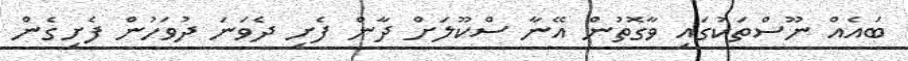
ބައެއް ނޫސްތަކުގައި ވާގޮތުން އޭނާ ސްކޫލަށް ދާން ފެށި ދެވަނަ ދުވަހުން ފެށިގެން